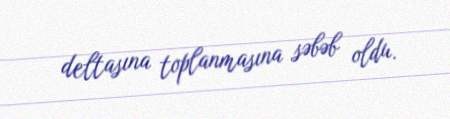
deltasına toplanmasına səbəb oldu.